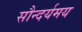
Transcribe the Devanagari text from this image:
सौन्दर्यमय